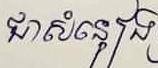
ជាសំនៀង